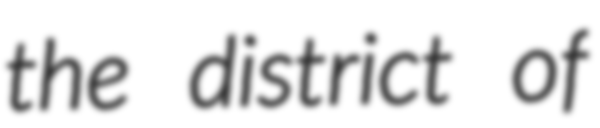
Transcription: the district of